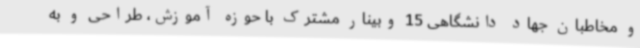
و مخاطبان جهاد دانشگاهی 15 وبینار مشترک با حوزه آموزش، طراحی و به